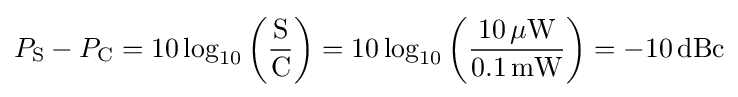
P_{\mathrm {S} }-P_{\mathrm {C} }=10\log _{10}\left({\frac {\mathrm {S} }{\mathrm {C} }}\right)=10\log _{10}\left({\frac {10\,\mathrm {\mu W} }{0{.}1\,\mathrm {mW} }}\right)=-10\,\mathrm {dBc}